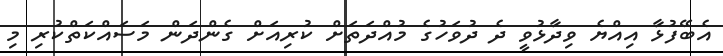
އެބޭފުޅާ އިއްޔެ ވިދާޅުވީ ދެ ދުވަހުގެ މުއްދަތަށް ކުރިއަށް ގެންދަން މަސައްކަތްކުރި މި